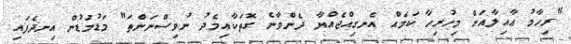
"ރިހާމު ޢާއިލާއަށް މިހުރިހާ ކަމެއް އެނގިއްޖެއްޔާ ދެންވާނެ ގޮތަކާއިމެދު ނުވިސްނަންތަ" މަޑުމަޑުން އިނދެފައި